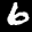
Digit: 6